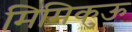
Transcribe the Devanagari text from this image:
मिमिकुऊ